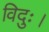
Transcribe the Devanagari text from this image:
विदुः।